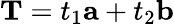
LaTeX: \textbf{T}=t_{1}\textbf{a}+t_{2}\textbf{b}